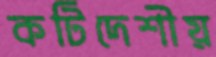
কটিদেশীয়